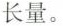
长量。